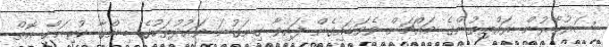
ސަރުކާރުން ރައްޔިތުންގެ މައްޗަށް ވެވަޑައިގެން ފައިވާ ގިނަގުނަ ވައުދުތަކުގެ ބިންގާ ކުރިއަށް އޮތް